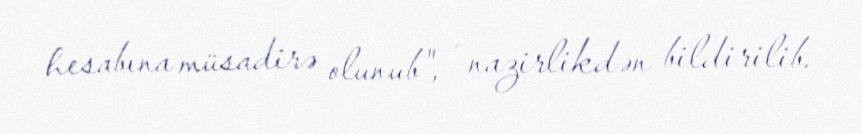
hesabına müsadirə olunub", - nazirlikdən bildirilib.